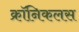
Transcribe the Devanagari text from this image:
क्रॉनिकलस